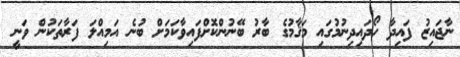
ނާޖައިޒު ފައިދާ ހޯދައިދިނުމުގައި މަޤާމުގެ ބާރު ބޭނުންކޮށްފައިވާކަމަށް ބުނެ އަމިއްލަ ފަރާތަކުން ވަނީ